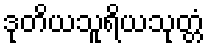
ဒုတိယသူရိယသုတ္တံ